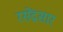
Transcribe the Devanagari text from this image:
रसेंद्रसार